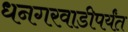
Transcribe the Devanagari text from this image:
धनगरवाडीपर्यंत